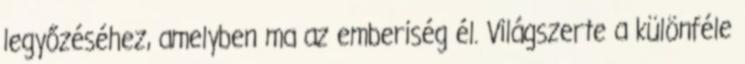
legyőzéséhez, amelyben ma az emberiség él. Világszerte a különféle